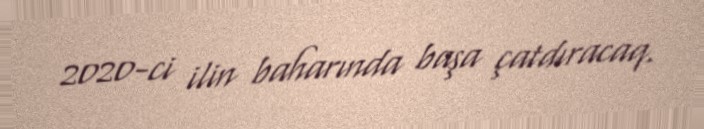
2020-ci ilin baharında başa çatdıracaq.